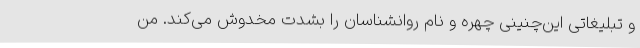
و تبلیغاتی این‌چنینی چهره و نام روانشناسان را بشدت مخدوش می‌کند. من